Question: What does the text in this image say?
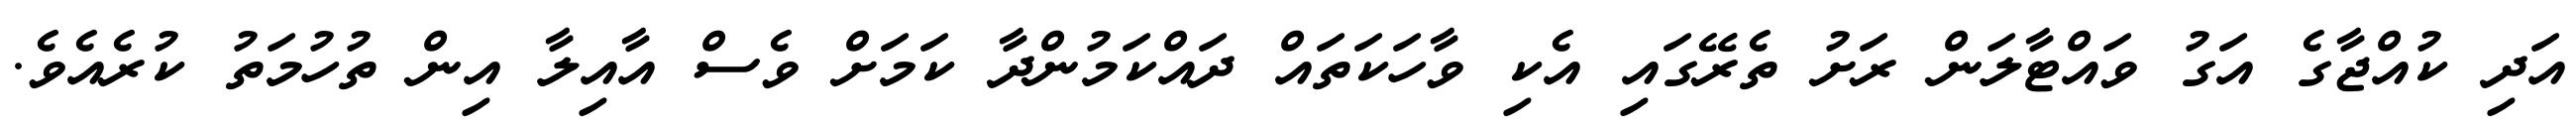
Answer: އަދި ކުއްޖާގެ އަގު ވައްޓާލަން ރަށު ތެރޭގައި އެކި ވާހަކަތައް ދައްކަމުންދާ ކަމަށް ވެސް އާއިލާ އިން ތުހުމަތު ކުރެއެވެ.